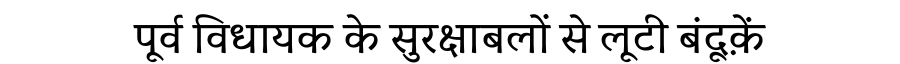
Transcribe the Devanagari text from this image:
पूर्व विधायक के सुरक्षाबलों से लूटी बंदूक़ें